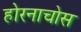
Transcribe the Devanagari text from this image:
होरनाचोस